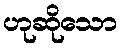
ဟုဆိုသော